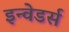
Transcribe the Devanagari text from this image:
इन्वेडर्स